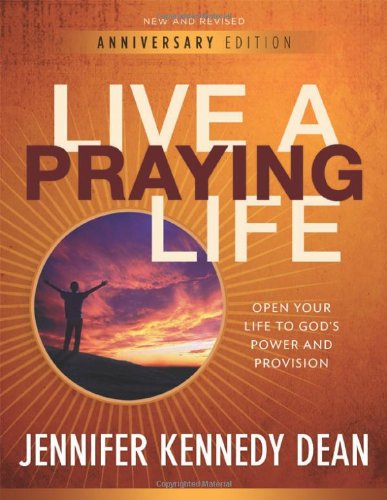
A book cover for Live a Praying Life: Open Your Life to God's Power and Provision; Jennifer Dean; Religion & Spirituality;